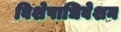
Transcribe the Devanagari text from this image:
विशेषाधिवेशन